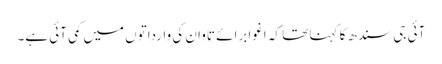
آئی جی سندھ کا کہنا تھا کہ اغوا برائے تاوان کی وارداتوں میں کمی آئی ہے۔